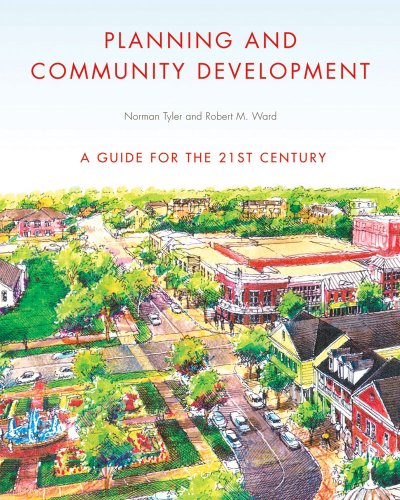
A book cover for Planning and Community Development: A Guide for the 21st Century; Norman Tyler; Arts & Photography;